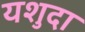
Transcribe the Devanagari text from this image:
यशुदा